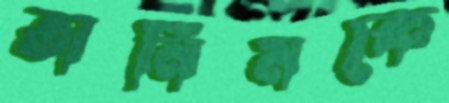
তানিমকে